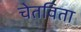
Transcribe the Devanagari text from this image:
चेतविता